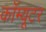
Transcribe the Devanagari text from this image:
कॉम्यूटर